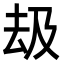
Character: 𠫳